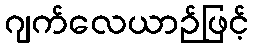
ဂျက်လေယာဉ်ဖြင့်